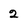
Character: 2